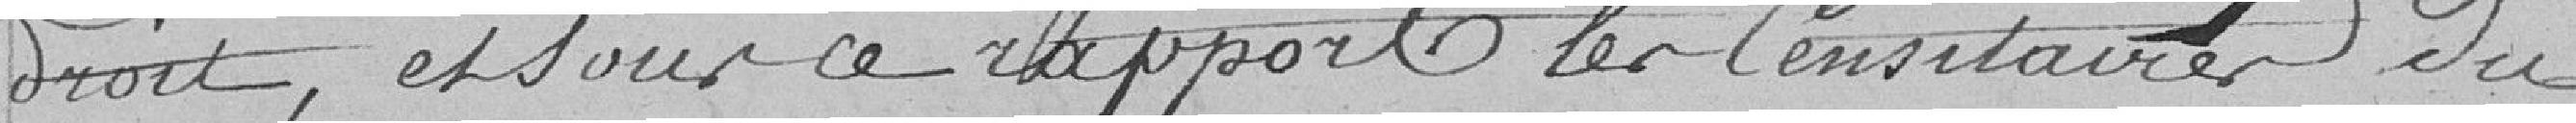
droit, et sous ce rapport les Censitaires du